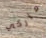
ماركي